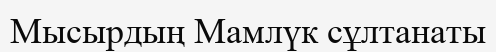
Мысырдың Мамлүк сұлтанаты